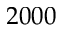
2 0 0 0